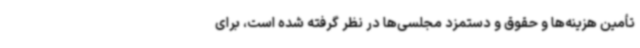
تأمین هزینه‌ها و حقوق و دستمزد مجلسی‌ها در نظر گرفته شده است، برای